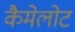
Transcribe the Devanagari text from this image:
कैमेलोट